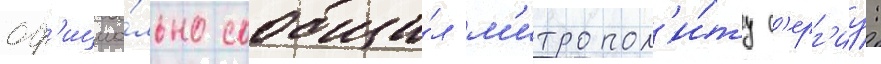
оф'ициа́льно сообщи́л м'итропол'и́ту с'ерг'иу: